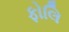
ફોલિ